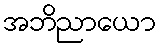
အဘိညာယော